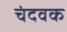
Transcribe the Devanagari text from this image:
चंदवक